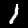
Label: 1